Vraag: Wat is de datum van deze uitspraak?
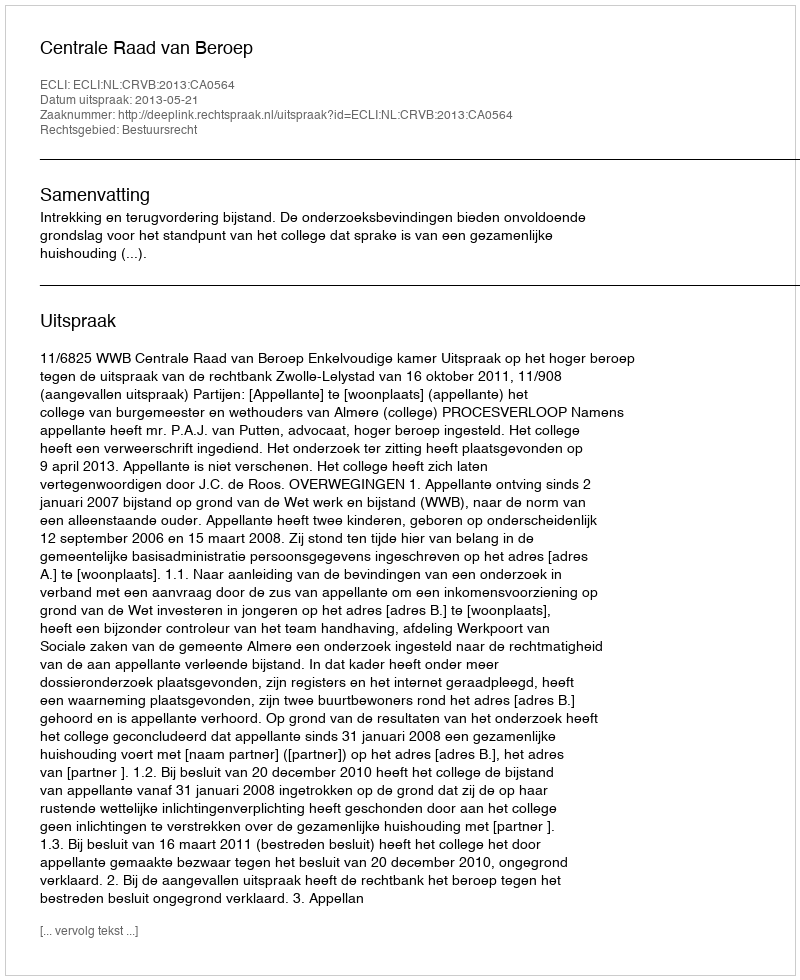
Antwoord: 2013-05-21